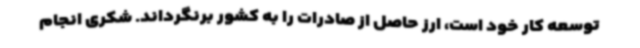
توسعه کار خود است، ارز حاصل از صادرات را به کشور برنگرداند. شکری انجام